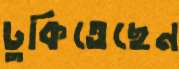
ঢুকিতেছেন